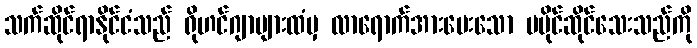
သက်ဆိုင်ရာနိုင်ငံသည် ရိုဟင်ဂျာများထံမှ လာရောက်အားပေးသော မပိုင်ဆိုင်သေးသည်ကို